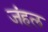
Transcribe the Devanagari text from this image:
जंहल